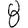
Digit: 8